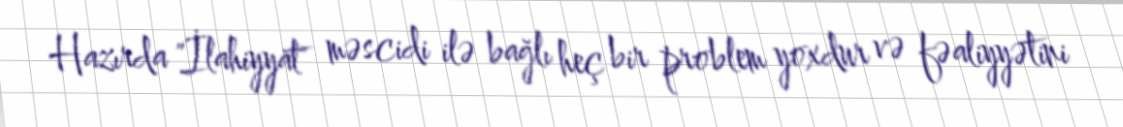
Hazırda "İlahiyyat" məscidi ilə bağlı heç bir problem yoxdur və fəaliyyətini